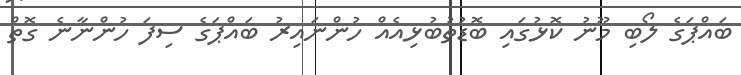
ބައްޕަގެ ލޯބި މޫނު ކޮޅުގައި ބޮޑުތުބުޅިއެއް ހުންނައިރު ބައްޕަގެ ސިފަ ހުންނާނެ ގޮތް